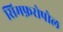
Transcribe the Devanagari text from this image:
सिमफ़रोपोल